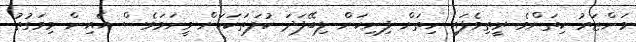
މަންޒަރު ކިތަންމެ ރީތިވެފައި ހިތަށް ފިނިކަން ލިބޭފަދަ ކުލަތަކަކަށް ވީނަމަވެސް އެއިން މިވަގުތު